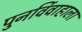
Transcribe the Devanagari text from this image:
पुनर्विवाहाला